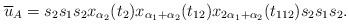
LaTeX: \begin{align*} \overline{u}_A = s_2s_1s_2x_{\alpha_2}(t_2)x_{\alpha_1+\alpha_2}(t_{12})x_{2\alpha_1+\alpha_2}(t_{112})s_2s_1s_2.\end{align*}